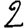
Digit: 2